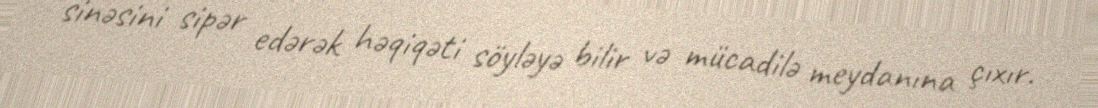
sinəsini sipər edərək həqiqəti söyləyə bilir və mücadilə meydanına çıxır.